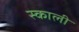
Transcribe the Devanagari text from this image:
स्काली